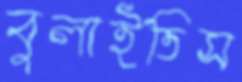
বুলাইতিস